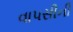
વાપસીની